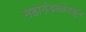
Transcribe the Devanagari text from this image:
महामंडळांमधून